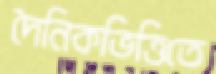
দৈনিকভিত্তিতে